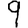
Digit: 9